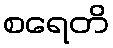
စရေတိ